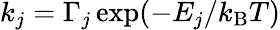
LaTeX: k_{j}=\Gamma_{j}\exp(-E_{j}/k_{\mathrm{B}}T)